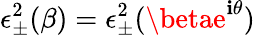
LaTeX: \epsilon_{\pm}^{2}(\beta)=\epsilon_{\pm}^{2}(\betae^{\mathbf{i}\theta})